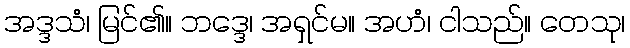
အဒ္ဒသံ၊ မြင်၏။ ဘဒ္ဒေ၊ အရှင်မ။ အဟံ၊ ငါသည်။ တေသု၊